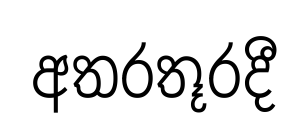
අතරතූරදී